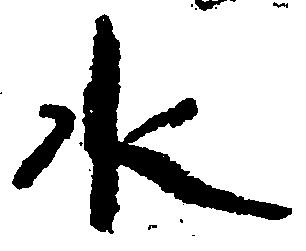
水